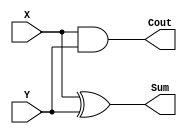
`timescale 1ns / 1ps
`default_nettype none
//////////////////////////////////////////////////////////////////////////////////
// Company: 
// Engineer: 
// 
// Design Name: 
// Module Name: HalfAdder
// Project Name: 
// Target Devices: 
// Tool Versions: 
// Description: 
// 
// Dependencies: 
// 
// Revision:
// Revision 0.01 - File Created
// Additional Comments:
// 
//////////////////////////////////////////////////////////////////////////////////


module HalfAdder(
    input wire X,
    input wire Y,
    output wire Cout,
    output wire Sum
    );
    
    assign Sum = X ^ Y ;
	assign Cout = X & Y ;
endmodule